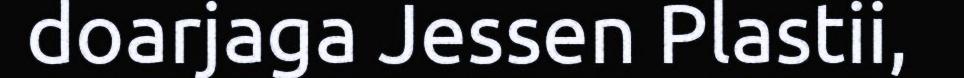
doarjaga Jessen Plastii,